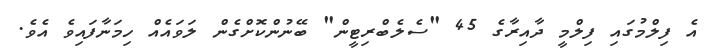
އެ ފިލްމުގައި ފިލްމީ ދާއިރާގެ 45 "ސެލެބްރިޓީން" ބޭނުންކޮށްގެން ލަވައެއް ހިމަނާފައިވެ އެވެ.